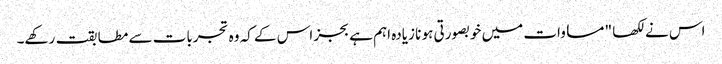
اس نے لکھا " مساوات میں خوبصورتی ہو نا زیادہ اہم ہے بجز اس کے کہ وہ تجربات سے مطابقت رکھے۔